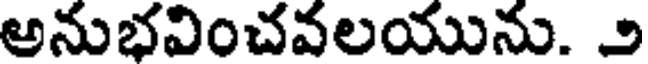
అనుభవించవలయును. ౨